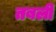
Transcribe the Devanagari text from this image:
तबली